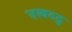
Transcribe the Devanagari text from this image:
नखदद्रु